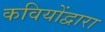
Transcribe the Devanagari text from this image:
कवियोंद्वारा